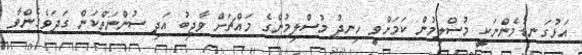
އަޅުގަނޑުމެންނަކީ މުސްލިމުން ކަމަށްވީ ހިނދު މުސްލިމުންގެ މައްޗަށް ވާޖިބު އަދި ސުންނަތްކަން ގަދަވެގެންވާ